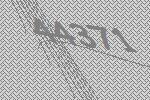
44371